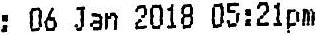
: 06 JAN 2018 05:21PM